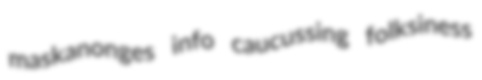
maskanonges info caucussing folksiness